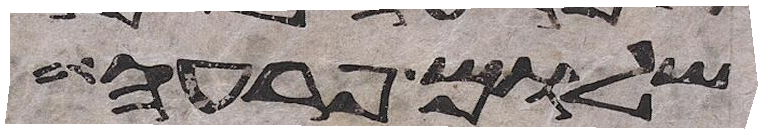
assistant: שלום פרעה